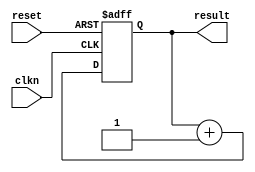
///////////////////////////////////////////
//  Functionality: Counter triggered at negative edge with asynchronous reset
////////////////////////////////////////

module counter (
	clkn,
	reset,
	result
);

	input clkn;
	input reset;
	output [7:0] result;

	reg [7:0] result;

    initial begin
      result <= 0;
    end

	always @(negedge clkn or posedge reset)
	begin
		if (reset) 
			result = 0;		
		else 
			result = result + 1;
	end
endmodule